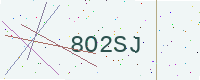
Text: 8O2SJ